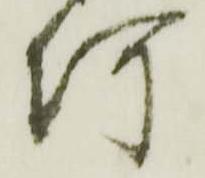
何